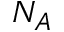
N _ { A }